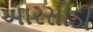
આરસીડી